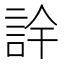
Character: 𮘅